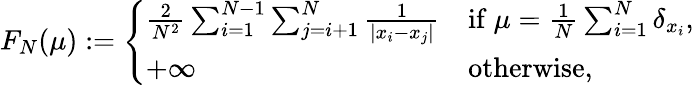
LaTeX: \begin{array}{r}{F_{N}(\mu):=\left\{ \begin{array}{ll}{{\frac{2}{N^{2}}}\sum_{i=1}^{N-1}\sum_{j=i+1}^{N}{\frac{1}{|x_{i}-x_{j}|}}}&{\mathrm{if}\ \mu={\frac{1}{N}}\sum_{i=1}^{N}\delta_{x_{i}},}\\ {+\infty}&{\mathrm{otherwise},}\end{array}\right.}\end{array}